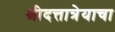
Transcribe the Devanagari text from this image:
श्रीदत्तात्रेयाचा